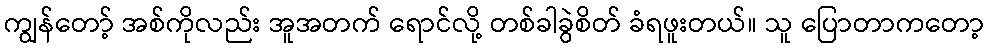
ကျွန်တော့် အစ်ကိုလည်း အူအတက် ရောင်လို့ တစ်ခါခွဲစိတ် ခံရဖူးတယ်။ သူ ပြောတာကတော့